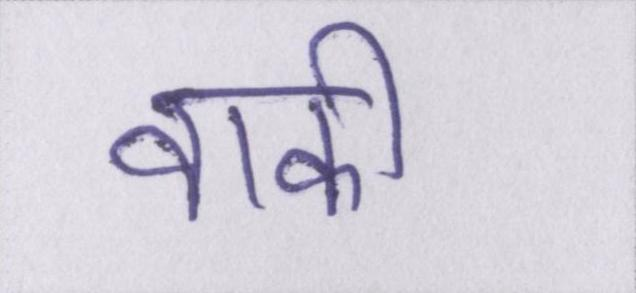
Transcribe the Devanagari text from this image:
वाकी